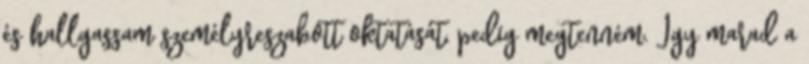
és hallgassam személyreszabott oktatását, pedig megtenném. Így marad a